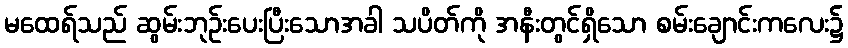
မထေရ်သည် ဆွမ်းဘုဉ်းပေးပြီးသောအခါ သပိတ်ကို အနီးတွင်ရှိသော စမ်းချောင်းကလေး၌